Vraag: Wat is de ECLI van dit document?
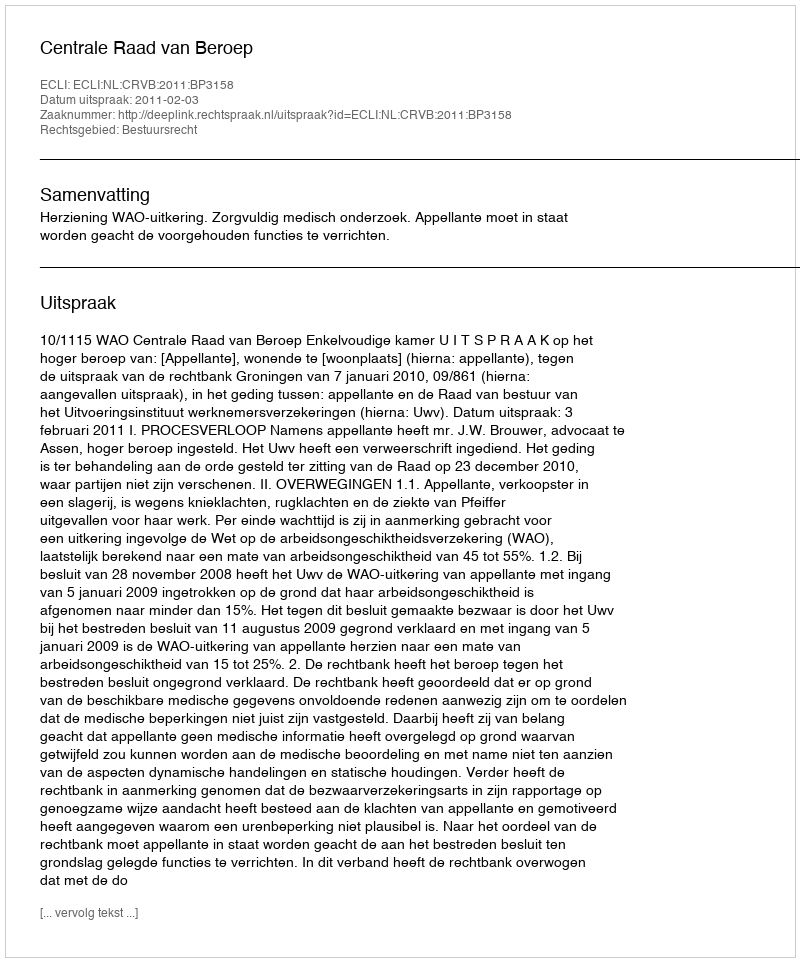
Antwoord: ECLI:NL:CRVB:2011:BP3158